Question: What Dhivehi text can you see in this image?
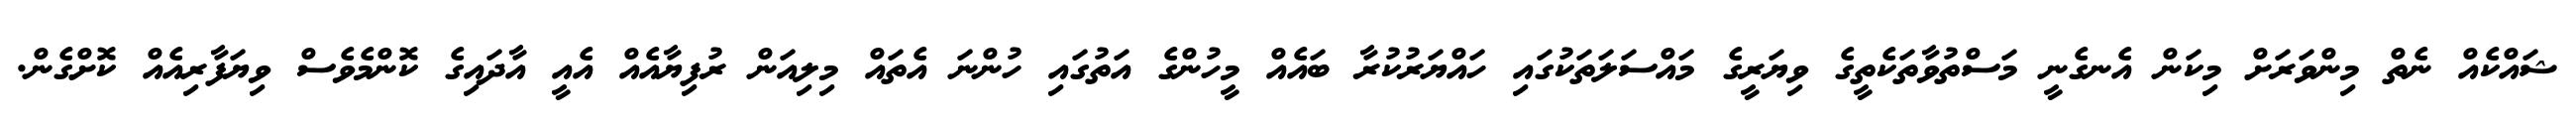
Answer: ޝައްކެއް ނެތް މިންވަރަށް މިކަން އެނގެނީ މަސްތުވާތަކެތީގެ ވިޔަރީގެ މައްސަލަތަކުގައި ހައްޔަރުކުރާ ބައެއް މީހުންގެ އަތުގައި ހުންނަ އެތައް މިލިއަން ރުފިޔާއެއް އެއީ އާދައިގެ ކޮންމެވެސް ވިޔަފާރިއެއް ކޮށްގެން.